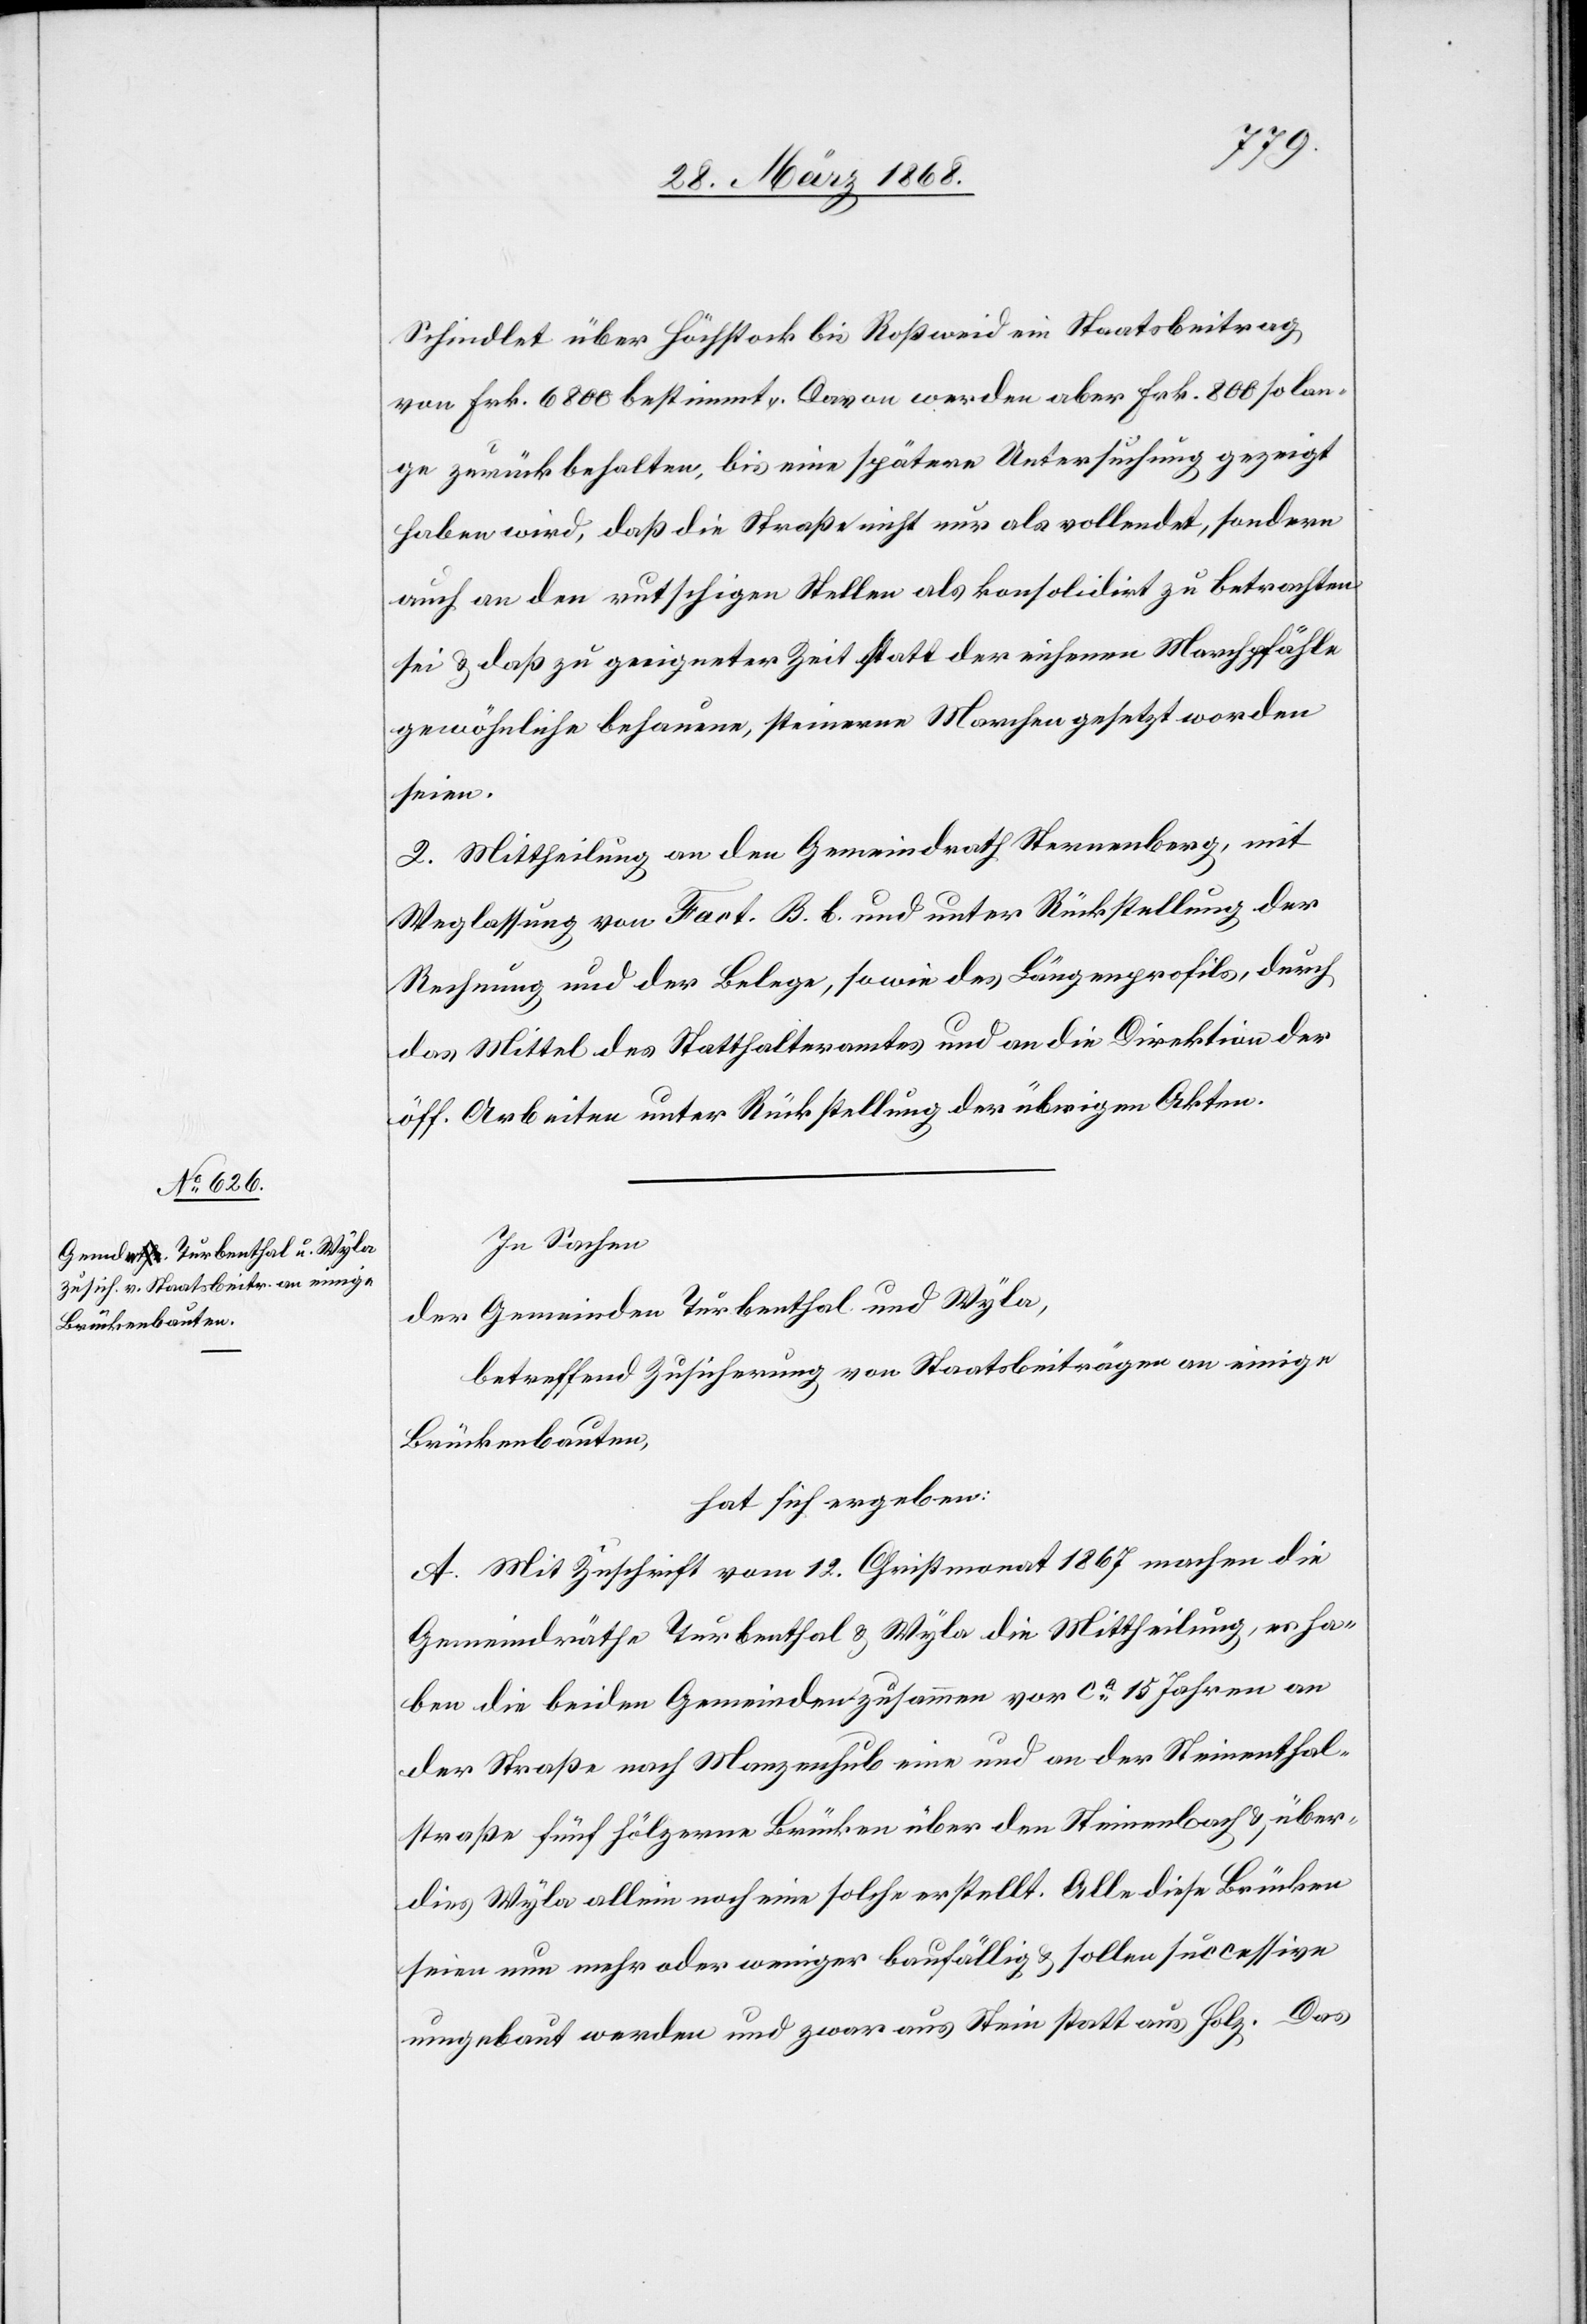
Schindlet über Höchstock bis Roßweid ein Staatsbeitrag
von Frk. 6800 bestimmt. Davon werden aber Frk. 800 so lan¬
ge zurückbehalten, bis eine spätere Untersuchung gezeigt
haben wird, daß die Straße nicht nur als vollendet, sondern
auch an den rutschigen Stellen als konsolidirt zu betrachten
sei & daß zu geeigneter Zeit statt der eichenen Marchpfähle
gewöhnliche behauene, steinerne Marchen gesetzt worden
seien.
2. Mittheilung an den Gemeindrath Sternenberg, mit
Weglassung von Fact. B. b. und unter Rückstellung der
Rechnung und der Belege, sowie des Längenprofils, durch
das Mittel des Statthalteramtes und an die Direktion der
öff. Arbeiten unter Rückstellung der übrigen Akten.
In Sachen
der Gemeinden Turbenthal und Wyla,
betreffend Zusicherung von Staatsbeiträgen an einige
Brückenbauten,
hat sich ergeben:
A. Mit Zuschrift vom 12. Christmonat 1867 machen die
Gemeindräthe Turbenthal & Wyla die Mittheilung, es ha¬
ben die beiden Gemeinden zusammen vor ca. 15 Jahren an
der Straße nach Manzenhub eine und an der Steinenthal¬
straße fünf hölzerne Brücken über den Steinenbach & über¬
dies Wyla allein noch eine solche erstellt. Alle diese Brücken
seien nun mehr oder weniger baufällig & sollen successive
umgebaut werden und zwar aus Stein statt aus Holz. Das